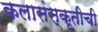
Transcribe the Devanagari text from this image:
कलासंस्कृतीची